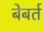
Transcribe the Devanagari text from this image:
बेबर्त